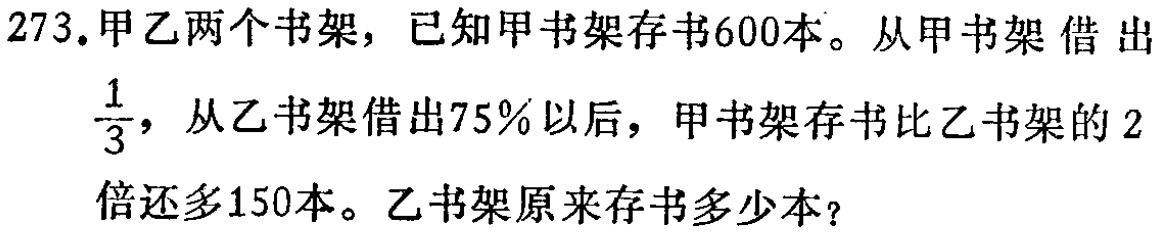
273. 甲乙两个书架，已知甲书架存书600本。从甲书架借出$\frac{1}{3}$，从乙书架借出75%以后，甲书架存书比乙书架的2倍还多150本。乙书架原来存书多少本？